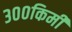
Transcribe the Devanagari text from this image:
३००किमी